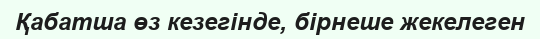
Қабатша өз кезегінде, бірнеше жекелеген